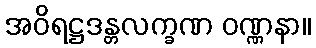
အဝိရဋ္ဌဒန္တလက္ခဏ ဝဏ္ဏနာ။